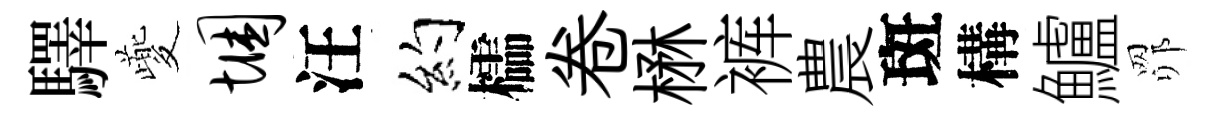
驛夔悃汪约櫺卷楙裤農斑構鱸𦊑